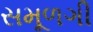
સમૂળગી